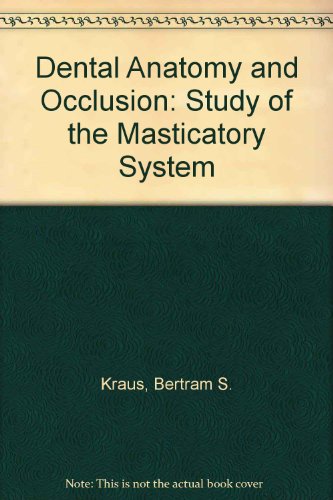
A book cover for Dental Anatomy and Occlusion: Study of the Masticatory System; Bertram S. Kraus; Medical Books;